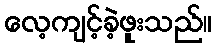
လေ့ကျင့်ခဲ့ဖူးသည်။